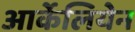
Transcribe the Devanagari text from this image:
आर्केलियेन